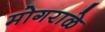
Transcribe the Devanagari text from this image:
मोगराळे